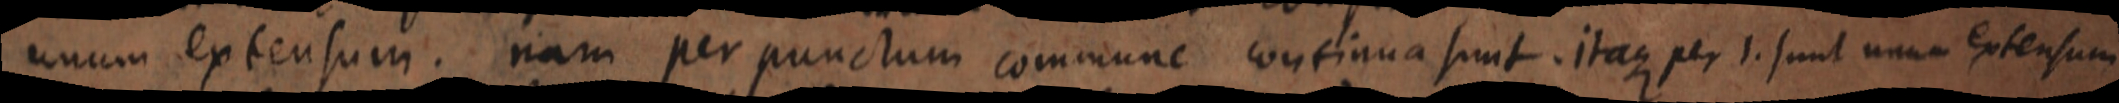
unum extensum. nam per punctum commune continua sunt. itaque per 1. sunt unum extensum